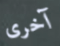
آخرى